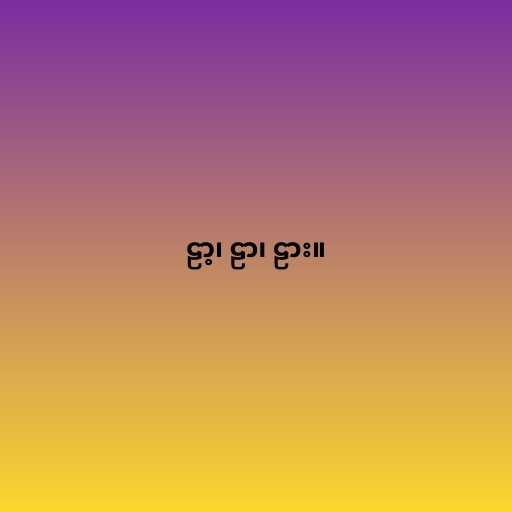
ဠာ့၊ ဠာ၊ ဠား။